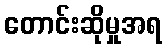
တောင်းဆိုမှုအရ